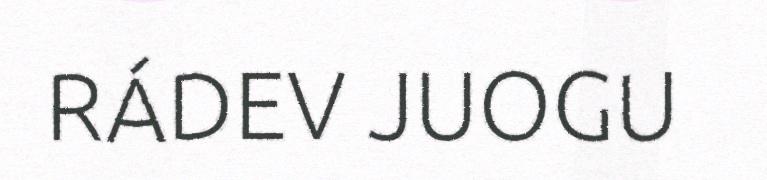
RÁDEV JUOGU